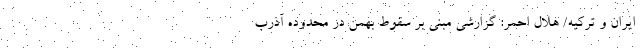
ایران و ترکیه/ هلال احمر: گزارشی مبنی بر سقوط بهمن در محدوده آذرب